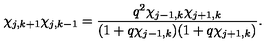
\chi _ { j , k + 1 } \chi _ { j , k - 1 } = \frac { q ^ { 2 } \chi _ { j - 1 , k } \chi _ { j + 1 , k } } { ( 1 + q \chi _ { j - 1 , k } ) ( 1 + q \chi _ { j + 1 , k } ) } .